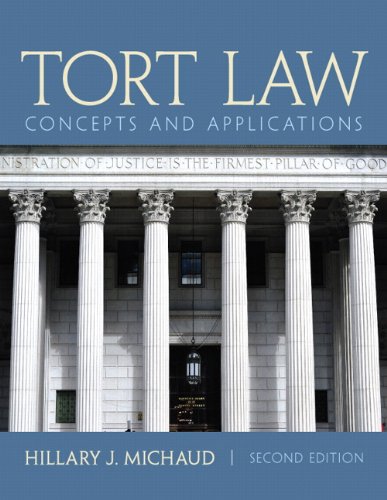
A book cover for Tort Law: Concepts and Applications (2nd Edition); Hillary J. Michaud; Law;